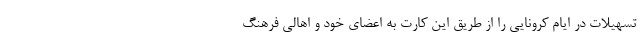
تسهیلات در ایام کرونایی را از طریق این کارت به اعضای خود و اهالی فرهنگ